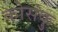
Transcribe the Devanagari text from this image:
कोसंकु